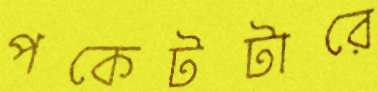
পকেটটারে